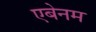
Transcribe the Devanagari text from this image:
एबेनम